Scottish Leaving Certificate Examination, 1961
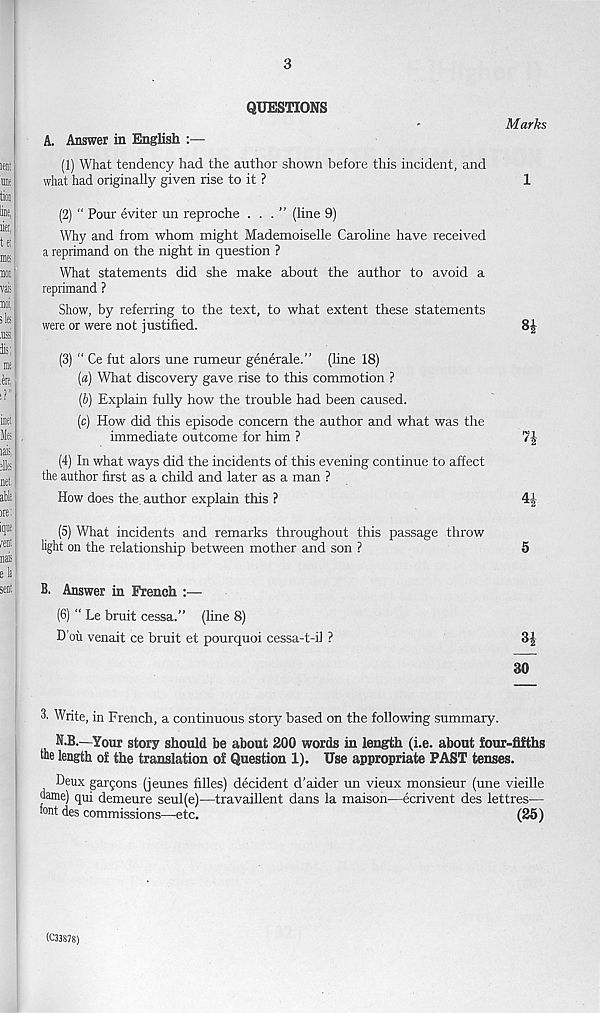
3
QUESTIONS
A. Answer in English :—
Marks
(1) What tendency had the author shown before this incident, and
what had originally given rise to it ?
1
(2) “ Pour eviter un reproche ...” (line 9)
Why and from whom might Mademoiselle Caroline have received
a reprimand on the night in question ?
What statements did she make about the author to avoid a
reprimand ?
Show, by referring to the text, to what extent these statements
were or were not justified.
8£
(3) “ Ce fut alors une rumeur generale.” (line 18)
[а) What discovery gave rise to this commotion ?
(б) Explain fully how the trouble had been caused.
(c) How did this episode concern the author and what was the
immediate outcome for him ?
7£
(4) In what ways did the incidents of this evening continue to affect
the author first as a child and later as a man ?
How does the, author explain this ?
4J
(5) What incidents and remarks throughout this passage throw
light on the relationship between mother and son ?
5
B. Answer in French :—
(6) “ Le bruit cessa.” (line 8)
D’ou venait ce bruit et pourquoi cessa-t-il ?
3£
30
3. Write, in French, a continuous story based on the following summary.
N.B.—Ycur story should be about 200 words in length (i.e. about four-fifths
the length of the translation of Question 1). Use appropriate PAST tenses.
Deux garfons (jeunes filles) decident d’aider un vieux monsieur (une vieille
dame) qui demeure seul(e)—travaillent dans la maison—ecrivent des lettres—
font des commissions—etc.
(25)
(C33878)